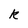
Character: k